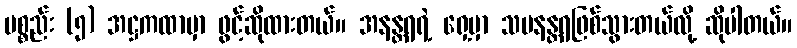
ပစ္စည်း (၅) အဋ္ဌကထာမှာ ဖွင့်ဆိုထားတယ်။ အနန္တရရဲ့ ရှေ့မှာ သမနန္တရဖြစ်သွားတယ်လို့ ဆိုပါတယ်။